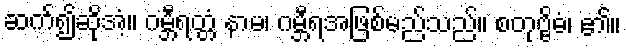
ဆက်၍ဆိုအံ့။ ဂမ္ဘီရတ္တံ နာမ၊ ဂမ္ဘီရအဖြစ်မည်သည်။ စတုဗ္ဗိဓံ၊ ၏။